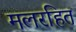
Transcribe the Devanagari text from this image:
मलरहित